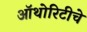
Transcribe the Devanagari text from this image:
ऑथोरिटीचे